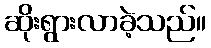
ဆိုးရွားလာခဲ့သည်။